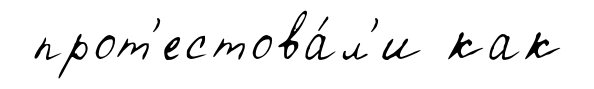
прот'естова́л'и как